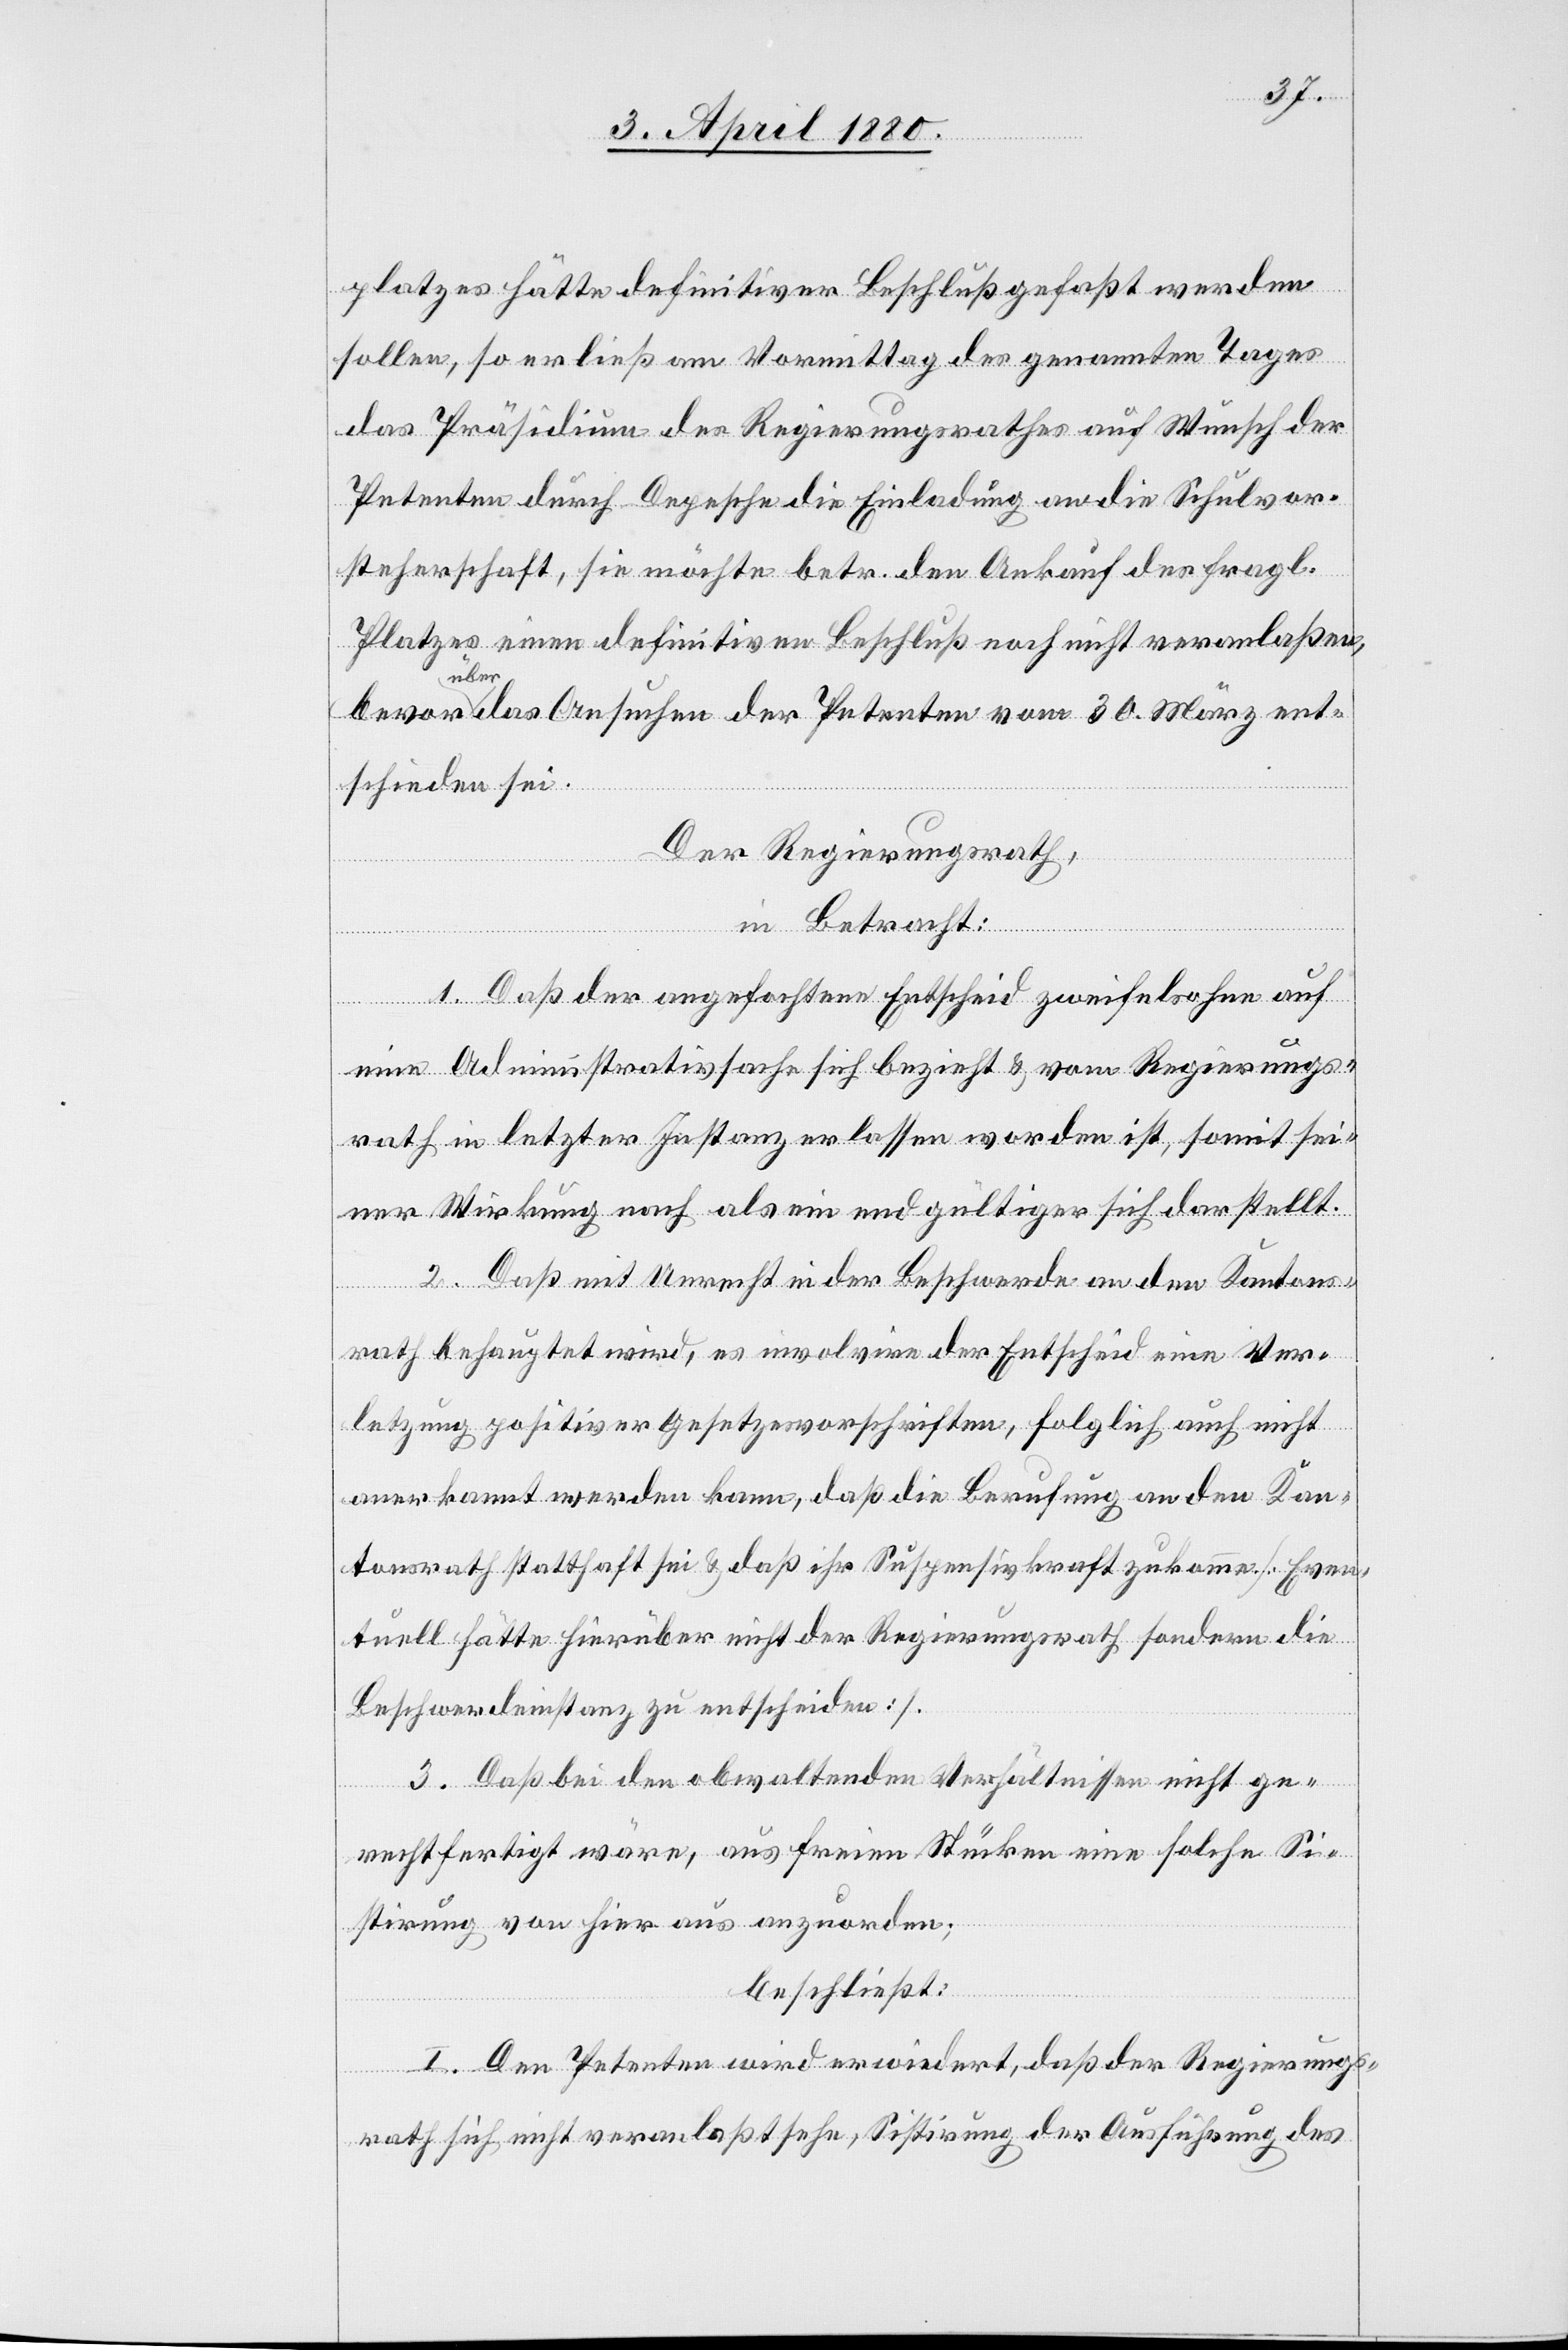
platzes hätte definitiver Beschluß gefaßt werden
sollen, so erließ am Vormittag des genannten Tages
das Präsidium des Regierungsrathes auf Wunsch der
Petenten durch Depesche die Einladung an die Schulvor¬
steherschaft, so möchte betr. den Ankauf des fragl.
Platzes einen definitiven Beschluß noch nicht veranlaßen
ber-a das Ansuchen der Petenten vom 30. März ent¬
schieden sei.
Der Regierungsrath,
in Betracht:
1. Daß der angefochtene Entscheid zweifelsohne auf
eine Administrativsache sich bezieht & vom Regierungs¬
rath in letzter Instanz erlassen worden ist, somit sei¬
ner Wirkung nach als ein endgültiger sich darstellt.
2. Daß mit Unrecht in der Beschwerde an den Kantons¬
rath behauptet wird, es involvire der Entscheid eine Ver¬
letzung positiver Gesetzesvorschriften, folglich auch nicht
anerkannt werden kann, daß die Berufung an den Kan¬
tonsrath statthaft sei & daß ihr Suspensivkraft zukomme. [Even¬
tuell hätte hierüber nicht der Regierungsrath, sondern die
Beschwerdeinstanz zu entscheiden].
3. Daß bei den obwaltenden Verhältnissen nicht ge¬
rechtfertigt wäre, aus freien Stücken eine solche Si¬
a-ü¬
stirung von hier aus anzuordnen.
beschließt:
I. Den Petenten wird erwiedert, daß der Regierungs¬
rath sich nicht veranlaßt sehe, Sistirung der Ausführung des